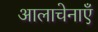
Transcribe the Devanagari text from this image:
आलाचेनाएँ